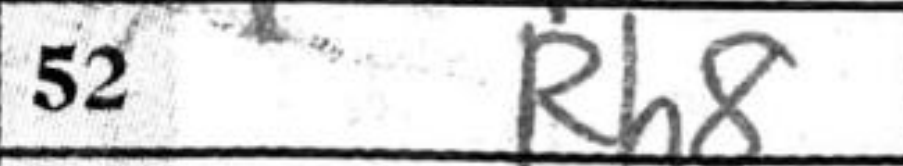
Transcription: Rh8